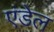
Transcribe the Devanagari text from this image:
एंडेल